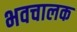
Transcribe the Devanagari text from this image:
भवचालक